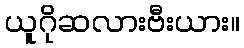
ယူဂိုဆလားဗီးယား။